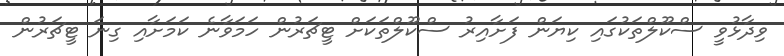
ވިދާޅުވީ ސްކޫލްތަކުގައި ކިޔަން ފަށާއިރު ސްކޫލްތަކަށް ޓީޗަރުން ހަމަވާނެ ކަމަށާއި ގިނަ ޓީޗަރުން